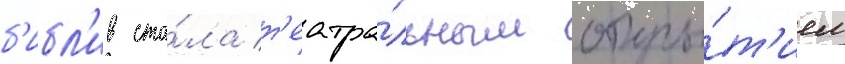
б'ибл'ив ста́ла т'еатра́льным откры́т'ием